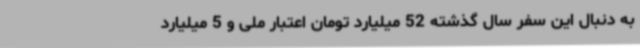
به دنبال این سفر سال گذشته 52 میلیارد تومان اعتبار ملی و 5 میلیارد